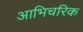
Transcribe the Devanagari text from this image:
आभिचरिक